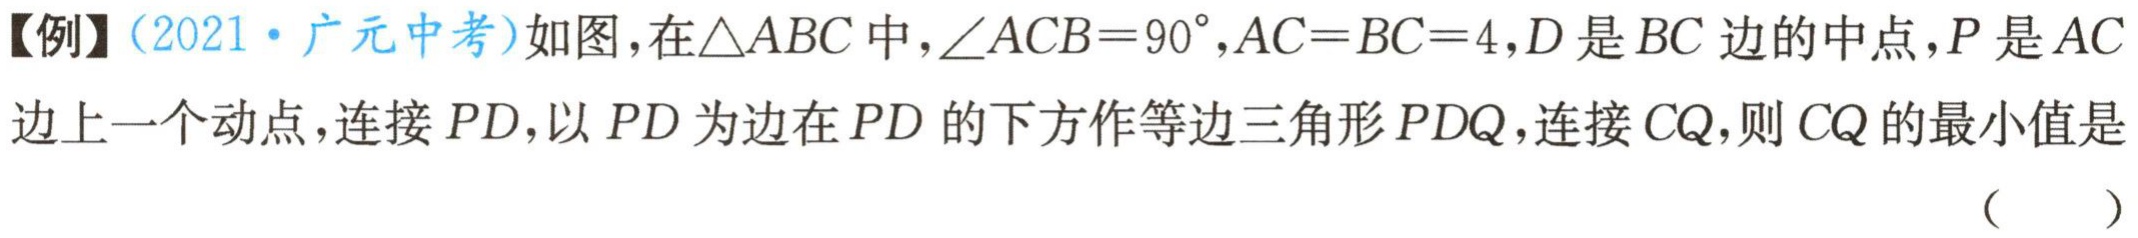
【例】（2021·广元中考）如图，在$\triangle ABC$中，$\angle ACB = 90^{\circ},AC = BC = 4,D$是$BC$边的中点，$P$是$AC$边上一个动点，连接$PD$，以$PD$为边在$PD$的下方作等边三角形$PDQ$，连接$CQ$，则$CQ$的最小值是（  ）